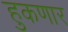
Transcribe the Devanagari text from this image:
हुकणार